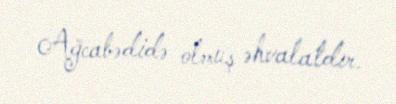
Ağcabədidə olmuş əhvalatdır.